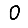
Digit: 0